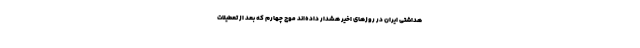
هداشتی ایران در روزهای اخیر هشدار داده‌اند موج چهارم که بعد از تعطیلات